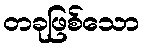
တခုဖြစ်သော